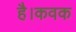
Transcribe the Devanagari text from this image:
है।कवक